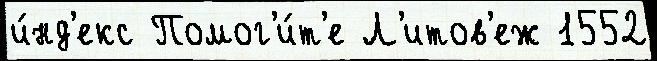
и́нд'екс Помог'и́т'е Л'итов'еж 1552